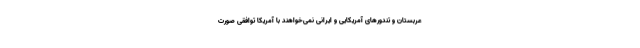
عربستان و تندورهای آمریکایی و ایرانی نمی‌خواهند با آمریکا توافقی صورت